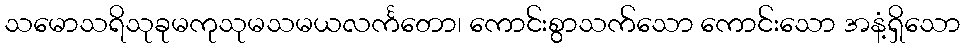
သမောသရိသုခုမကုသုမသမယလင်္ကတော၊ ကောင်းစွာသက်သော ကောင်းသော အနံ့ရှိသော